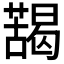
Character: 𱾮